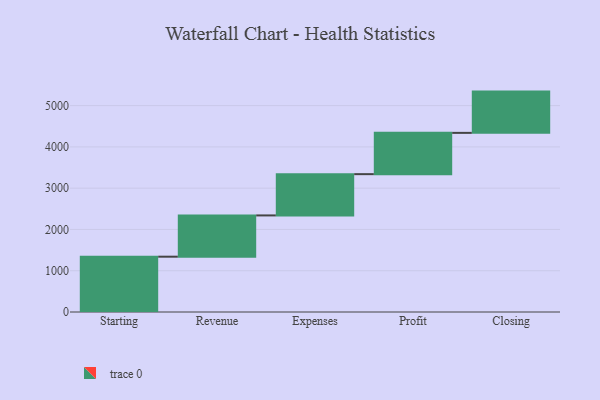
{"axis": {"x": "Step", "y": "Value"}, "legend": [""], "data": [{"x": "Starting", "y": 1340.0, "type": ""}, {"x": "Revenue", "y": 1000, "type": ""}, {"x": "Expenses", "y": 1000, "type": ""}, {"x": "Profit", "y": 1000, "type": ""}, {"x": "Closing", "y": 1000, "type": ""}]}